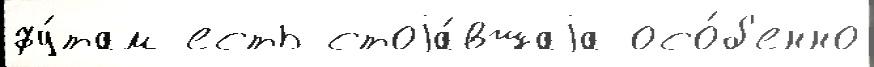
фу́там есть стоjа́вшаjа осо́б'енно